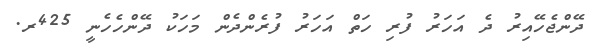
ދޭންޖެހޭއިރު ދެ އަހަރު ފުރި ހަތް އަހަރު ފުރެންދެން މަހަކު ދޭންހެހެނީ 425ރ.